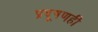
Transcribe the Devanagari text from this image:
प्रदूषणही